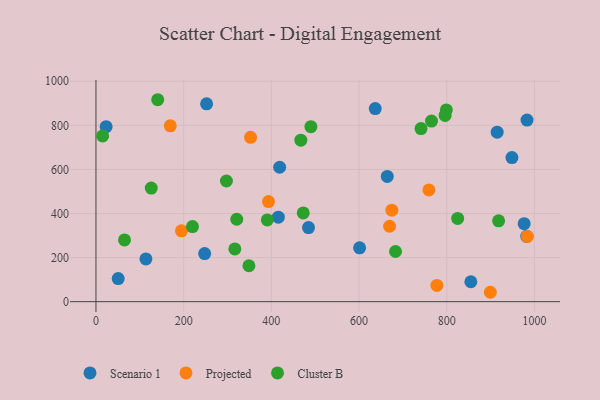
{"axis": {"x": "Investment", "y": "Profit"}, "legend": ["Cluster B", "Projected", "Scenario 1"], "data": [{"x": "983.0", "y": 824.1, "type": "Scenario 1"}, {"x": "854.9", "y": 90.3, "type": "Scenario 1"}, {"x": "664.3", "y": 568.3, "type": "Scenario 1"}, {"x": "23.2", "y": 794.0, "type": "Scenario 1"}, {"x": "976.5", "y": 353.8, "type": "Scenario 1"}, {"x": "948.6", "y": 653.9, "type": "Scenario 1"}, {"x": "636.9", "y": 876.3, "type": "Scenario 1"}, {"x": "982.3", "y": 296.4, "type": "Scenario 1"}, {"x": "601.2", "y": 244.5, "type": "Scenario 1"}, {"x": "484.7", "y": 336.4, "type": "Scenario 1"}, {"x": "914.9", "y": 769.2, "type": "Scenario 1"}, {"x": "415.9", "y": 383.3, "type": "Scenario 1"}, {"x": "252.3", "y": 897.5, "type": "Scenario 1"}, {"x": "247.9", "y": 218.3, "type": "Scenario 1"}, {"x": "50.7", "y": 104.7, "type": "Scenario 1"}, {"x": "418.9", "y": 610.0, "type": "Scenario 1"}, {"x": "113.9", "y": 193.9, "type": "Scenario 1"}, {"x": "777.5", "y": 73.7, "type": "Projected"}, {"x": "983.8", "y": 296.0, "type": "Projected"}, {"x": "899.3", "y": 42.6, "type": "Projected"}, {"x": "195.0", "y": 321.3, "type": "Projected"}, {"x": "674.7", "y": 415.3, "type": "Projected"}, {"x": "669.6", "y": 342.3, "type": "Projected"}, {"x": "169.5", "y": 798.0, "type": "Projected"}, {"x": "352.5", "y": 745.7, "type": "Projected"}, {"x": "393.5", "y": 454.2, "type": "Projected"}, {"x": "759.3", "y": 506.9, "type": "Projected"}, {"x": "796.2", "y": 845.1, "type": "Cluster B"}, {"x": "140.8", "y": 916.3, "type": "Cluster B"}, {"x": "297.5", "y": 547.5, "type": "Cluster B"}, {"x": "348.8", "y": 162.9, "type": "Cluster B"}, {"x": "321.1", "y": 373.9, "type": "Cluster B"}, {"x": "799.0", "y": 870.1, "type": "Cluster B"}, {"x": "918.2", "y": 366.9, "type": "Cluster B"}, {"x": "15.2", "y": 751.9, "type": "Cluster B"}, {"x": "765.2", "y": 819.4, "type": "Cluster B"}, {"x": "65.1", "y": 280.1, "type": "Cluster B"}, {"x": "126.1", "y": 515.2, "type": "Cluster B"}, {"x": "316.7", "y": 239.2, "type": "Cluster B"}, {"x": "490.1", "y": 794.0, "type": "Cluster B"}, {"x": "824.8", "y": 377.8, "type": "Cluster B"}, {"x": "741.3", "y": 785.3, "type": "Cluster B"}, {"x": "220.1", "y": 340.5, "type": "Cluster B"}, {"x": "472.7", "y": 402.7, "type": "Cluster B"}, {"x": "467.2", "y": 732.8, "type": "Cluster B"}, {"x": "390.8", "y": 371.1, "type": "Cluster B"}, {"x": "683.1", "y": 227.7, "type": "Cluster B"}]}